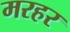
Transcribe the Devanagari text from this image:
मरहर